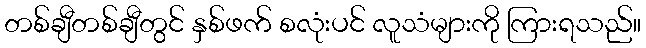
တစ်ချီတစ်ချီတွင် နှစ်ဖက် စလုံးပင် လူသံများကို ကြားရသည်။